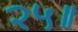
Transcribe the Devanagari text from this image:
२५॥